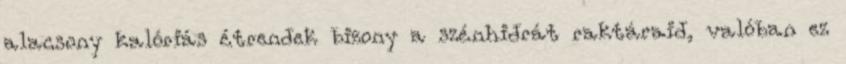
alacsony kalóriás étrendek bizony a szénhidrát raktáraid, valóban ez